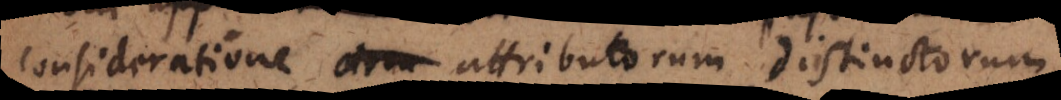
consideratione attributorum distinctorum